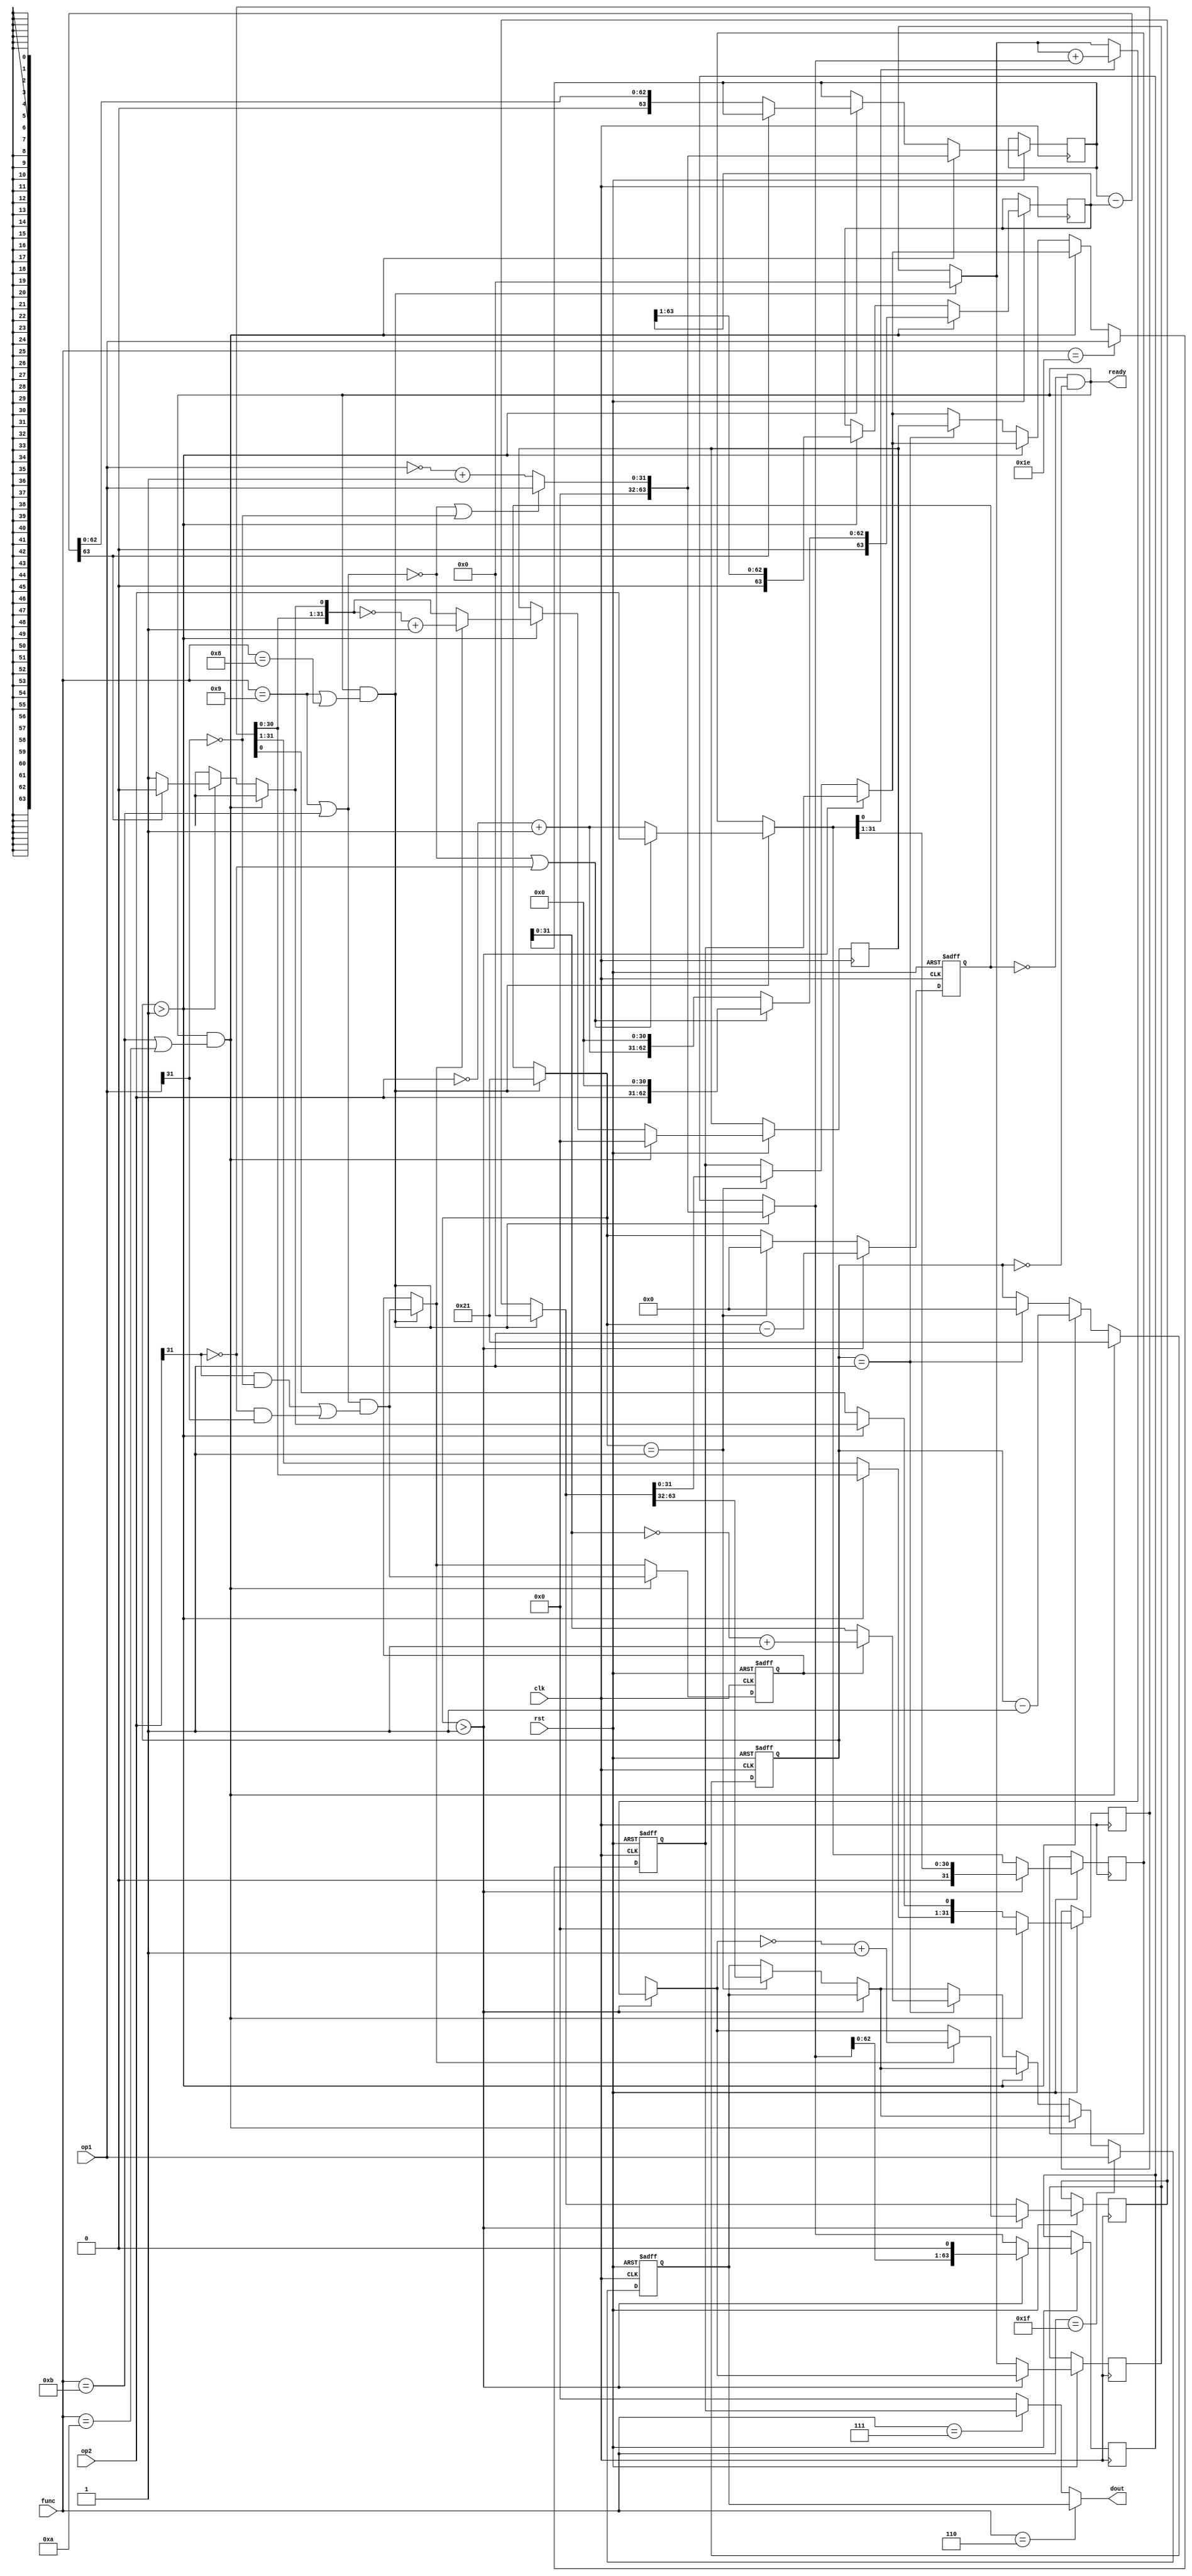
module divide(ready,quotient,remainder,dividend,divider,sign,clk);

   input         clk;
   input         sign;
   input [31:0]  dividend, divider;
   output [31:0] quotient, remainder;
   output        ready;

   reg [31:0]    quotient, quotient_temp;
   reg [63:0]    dividend_copy, divider_copy, diff;
   reg           negative_output;
   
   wire [31:0]   remainder = (!negative_output) ? 
                             dividend_copy[31:0] : 
                             ~dividend_copy[31:0] + 1'b1;

   reg [5:0]     bit; 
   wire          ready = !bit;

   initial bit = 0;
   initial negative_output = 0;

   always @( posedge clk ) 

     if( ready ) begin

        bit = 6'd32;
        quotient = 0;
        quotient_temp = 0;
        dividend_copy = (!sign || !dividend[31]) ? 
                        {32'd0,dividend} : 
                        {32'd0,~dividend + 1'b1};
        divider_copy = (!sign || !divider[31]) ? 
                       {1'b0,divider,31'd0} : 
                       {1'b0,~divider + 1'b1,31'd0};

        negative_output = sign &&
                          ((divider[31] && !dividend[31]) 
                        ||(!divider[31] && dividend[31]));
        
     end 
     else if ( bit > 0 ) begin

        diff = dividend_copy - divider_copy;

        quotient_temp = quotient_temp << 1;

        if( !diff[63] ) begin

           dividend_copy = diff;
           quotient_temp[0] = 1'd1;

        end

        quotient = (!negative_output) ? 
                   quotient_temp : 
                   ~quotient_temp + 1'b1;

        divider_copy = divider_copy >> 1;
        bit = bit - 1'b1;

     end
endmodule